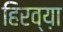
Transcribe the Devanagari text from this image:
हिरव्य़ा